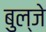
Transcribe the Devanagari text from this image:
बुल्जे